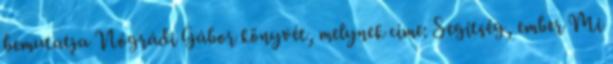
bemutatja Nógrádi Gábor könyvét, melynek címe: Segítség, ember Mi